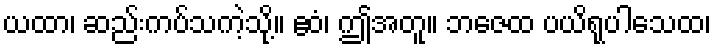
ယထာ၊ ဆည်းကပ်သကဲ့သို့။ ဧဝံ၊ ဤအတူ။ ဘဇေထ ပယိရုပါသေထ၊